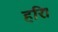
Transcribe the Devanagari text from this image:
हरिः।